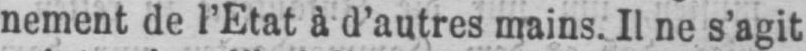
nement de l’Etat à d’autres mains. Il ne s’agit